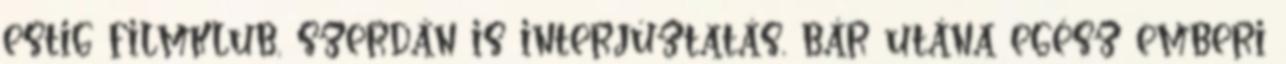
estig filmklub, szerdán is interjúztatás, bár utána egész emberi